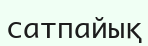
сатпайық